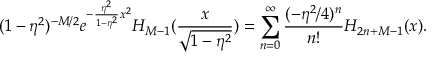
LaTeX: ( 1 - \eta ^ { 2 } ) ^ { - M / 2 } e ^ { - { \frac { \eta ^ { 2 } } { 1 - \eta ^ { 2 } } } x ^ { 2 } } H _ { M - 1 } ( { \frac { x } { \sqrt { 1 - \eta ^ { 2 } } } } ) = \sum _ { n = 0 } ^ { \infty } { \frac { ( - \eta ^ { 2 } / 4 ) ^ { n } } { n ! } } H _ { 2 n + M - 1 } ( x ) .